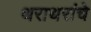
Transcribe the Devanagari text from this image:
थराथरांचे